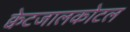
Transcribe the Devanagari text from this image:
क्वेटजालकोटल